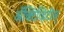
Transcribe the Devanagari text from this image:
अॅक्टिव्हिटीज्